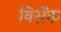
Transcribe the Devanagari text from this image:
विसेंक